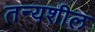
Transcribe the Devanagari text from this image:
तन्यशील